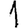
Digit: 1